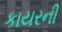
કાયરની